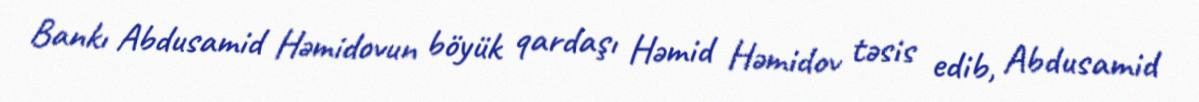
Bankı Abdusamid Həmidovun böyük qardaşı Həmid Həmidov təsis edib, Abdusamid